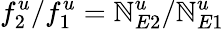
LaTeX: f_{2}^{u}/f_{1}^{u}=\mathbb{N}_{E2}^{u}/\mathbb{N}_{E1}^{u}